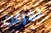
تمزقت